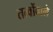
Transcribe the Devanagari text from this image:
तत्वोंवाले